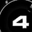
Digit: 4